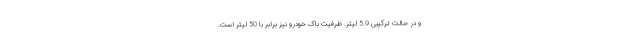
و در حالت ترکیبی 5.9 لیتر. ظرفیت باک خودرو نیز برابر با 50 لیتر است.